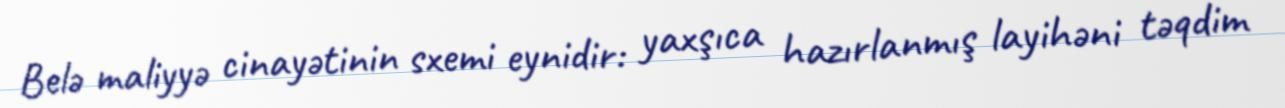
Belə maliyyə cinayətinin sxemi eynidir: yaxşıca hazırlanmış layihəni təqdim